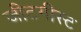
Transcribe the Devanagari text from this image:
जीटगीस्ट